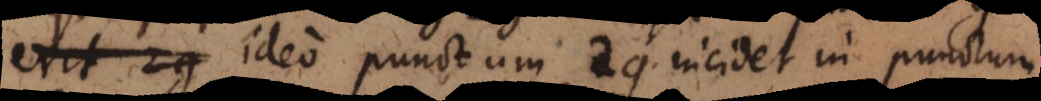
erit 2g ideo punctum 2g incidet in punctum